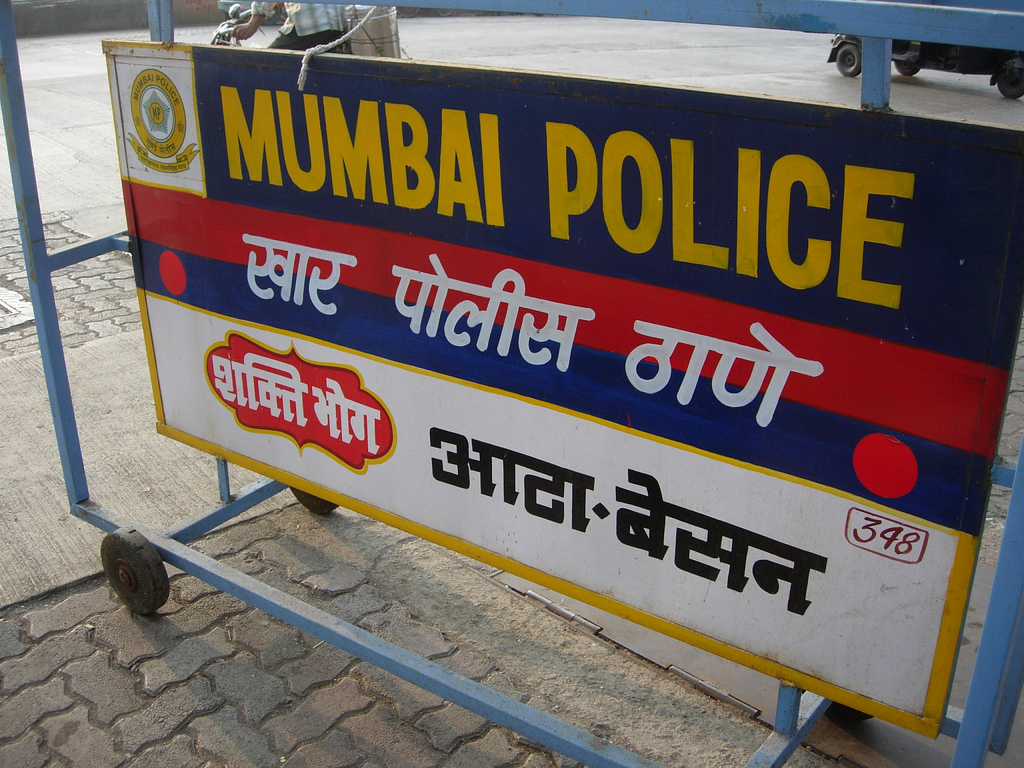
Language: hindi
Transcription: ठाणे पोलीस खार शक्ति भोग बेसन